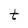
Character: t